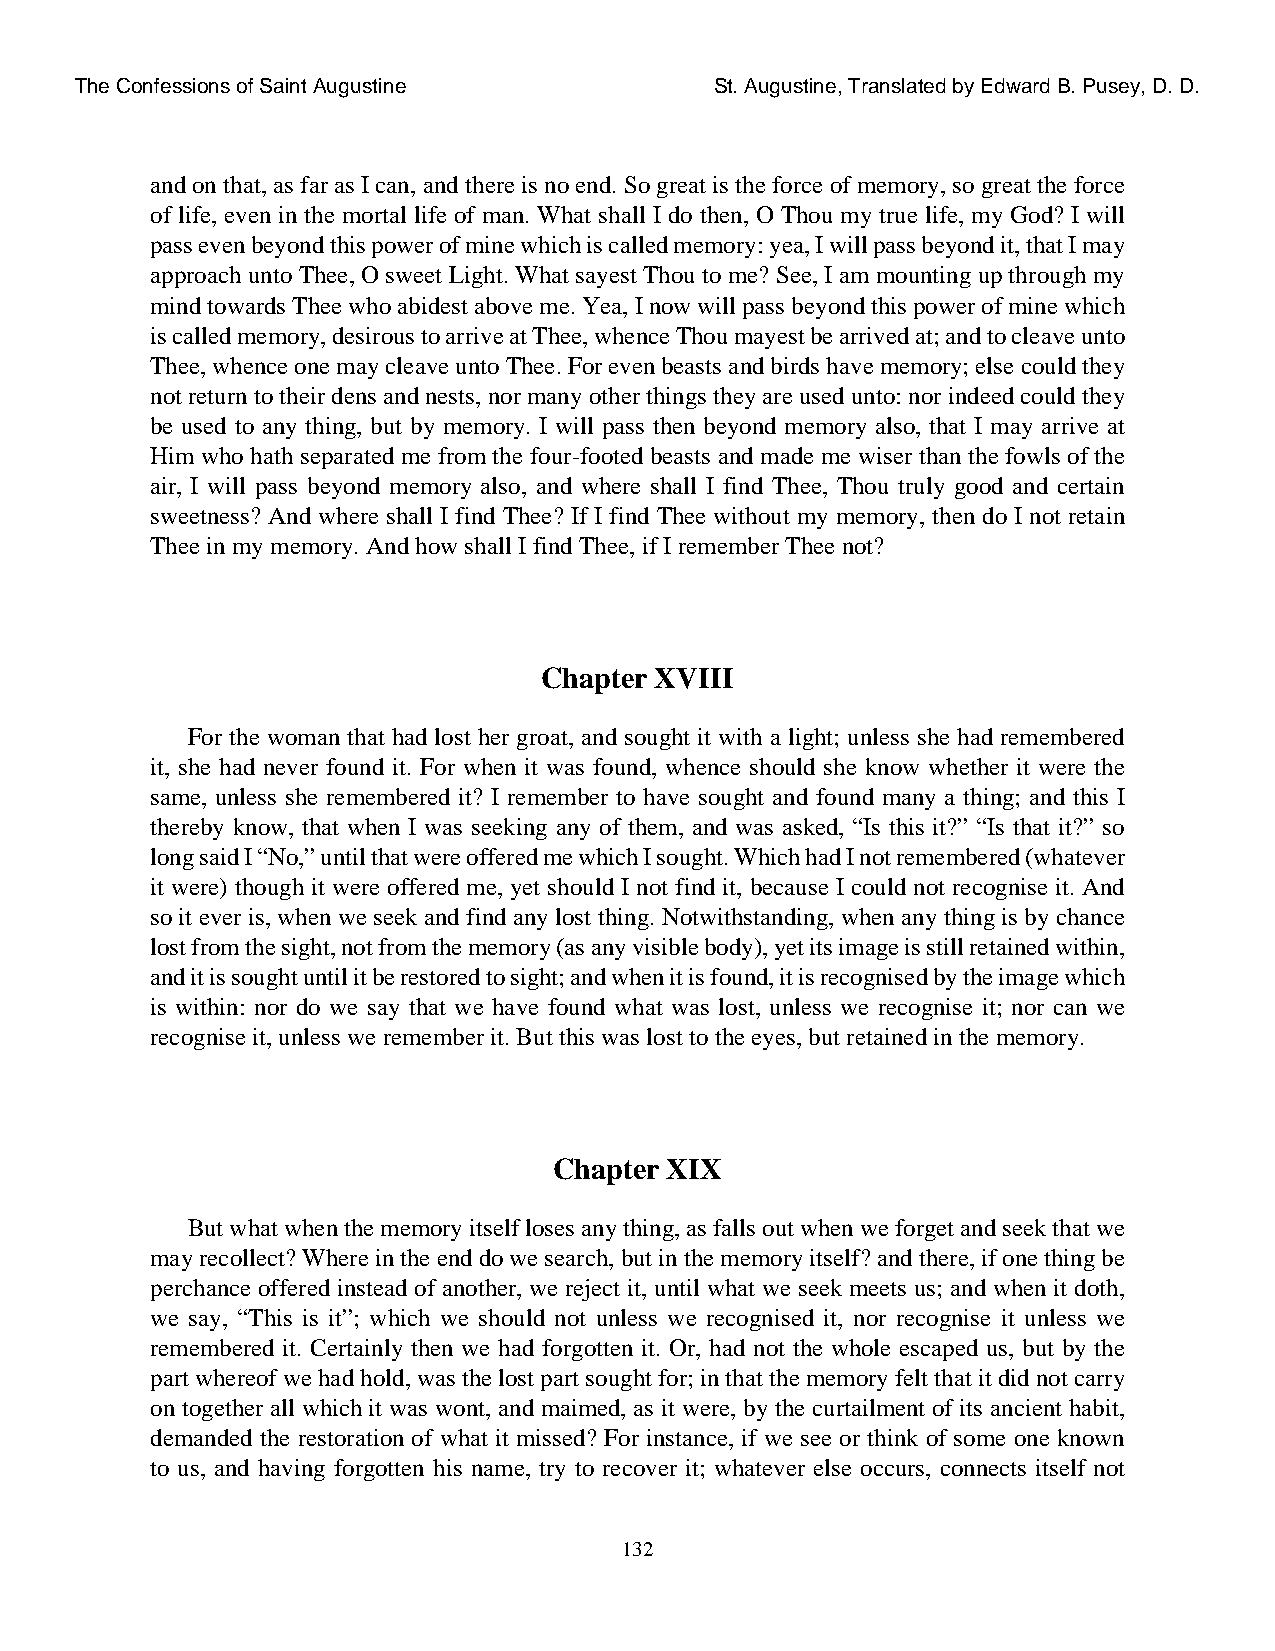
The Confessions of Saint Augustine        St. Augustine, Translated by Edward B. Pusey, D. D.
 and on that, as far as I can, and there is no end. So great is the force of memory, so great the force
 of life, even in the mortal life of man. What shall I do then, O Thou my true life, my God? I will
 pass even beyond this power of mine which is called memory: yea, I will pass beyond it, that I may
 approach unto Thee, O sweet Light. What sayest Thou to me? See, I am mounting up through my
 mind towards Thee who abidest above me. Yea, I now will pass beyond this power of mine which
 is called memory, desirous to arrive at Thee, whence Thou mayest be arrived at; and to cleave unto
 Thee, whence one may cleave unto Thee. For even beasts and birds have memory; else could they
 not return to their dens and nests, nor many other things they are used unto: nor indeed could they
 be used to any thing, but by memory. I will pass then beyond memory also, that I may arrive at
 Him who hath separated me from the four-footed beasts and made me wiser than the fowls of the
 air, I will pass beyond memory also, and where shall I find Thee, Thou truly good and certain
 sweetness? And where shall I find Thee? If I find Thee without my memory, then do I not retain
 Thee in my memory. And how shall I find Thee, if I remember Thee not?
 Chapter XVIII
 For the woman that had lost her groat, and sought it with a light; unless she had remembered
 it, she had never found it. For when it was found, whence should she know whether it were the
 same, unless she remembered it? I remember to have sought and found many a thing; and this I
 thereby know, that when I was seeking any of them, and was asked, “Is this it?” “Is that it?” so
 long said I “No,” until that were offered me which I sought. Which had I not remembered (whatever
 it were) though it were offered me, yet should I not find it, because I could not recognise it. And
 so it ever is, when we seek and find any lost thing. Notwithstanding, when any thing is by chance
 lost from the sight, not from the memory (as any visible body), yet its image is still retained within,
 and it is sought until it be restored to sight; and when it is found, it is recognised by the image which
 is within: nor do we say that we have found what was lost, unless we recognise it; nor can we
 recognise it, unless we remember it. But this was lost to the eyes, but retained in the memory.
 Chapter XIX
 But what when the memory itself loses any thing, as falls out when we forget and seek that we
 may recollect? Where in the end do we search, but in the memory itself? and there, if one thing be
 perchance offered instead of another, we reject it, until what we seek meets us; and when it doth,
 we say, “This is it”; which we should not unless we recognised it, nor recognise it unless we
 remembered it. Certainly then we had forgotten it. Or, had not the whole escaped us, but by the
 part whereof we had hold, was the lost part sought for; in that the memory felt that it did not carry
 on together all which it was wont, and maimed, as it were, by the curtailment of its ancient habit,
 demanded the restoration of what it missed? For instance, if we see or think of some one known
 to us, and having forgotten his name, try to recover it; whatever else occurs, connects itself not
 132